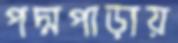
পদ্মপাড়ায়